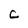
Character: C